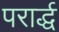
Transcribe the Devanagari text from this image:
परार्द्ध